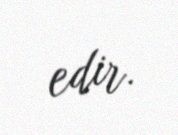
edir.